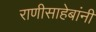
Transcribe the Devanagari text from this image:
राणीसाहेबांनी